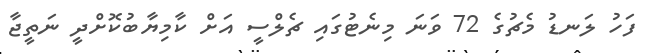
ފަހު ލަނޑު މެޗުގެ 72 ވަނަ މިނެޓުގައި ޗެލްސީ އަށް ކާމިޔާބުކޮށްދީ ނަތީޖާ